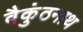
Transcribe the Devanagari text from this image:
वैकुंठनाथ